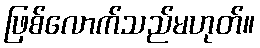
ဖြစ်လောက်သည်မဟုတ်။